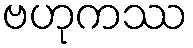
ဗဟုကဿ